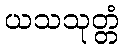
ယသသုတ္တံ